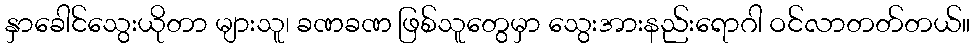
နှာခေါင်သွေးယိုတာ များသူ၊ ခဏခဏ ဖြစ်သူတွေမှာ သွေးအားနည်းရောဂါ ဝင်လာတတ်တယ်။